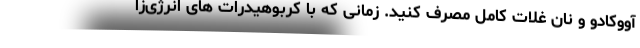
آووکادو و نان غلات کامل مصرف کنید. زمانی که با کربوهیدرات های انرژی‌زا